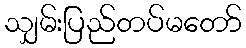
သျှမ်းပြည်တပ်မတော်